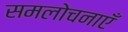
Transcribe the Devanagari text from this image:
समलोचनाएँ